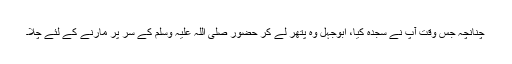
چنانچہ جس وقت آپؐ نے سجدہ کیا، ابوجہل وہ پتھر لے کر حضور صلی اللہ علیہ وسلم کے سر پر مارنے کے لئے چلا۔